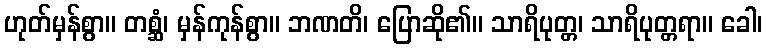
ဟုတ်မှန်စွာ။ တစ္ဆံ၊ မှန်ကုန်စွာ။ ဘဏတိ၊ ပြောဆို၏။ သာရိပုတ္တ၊ သာရိပုတ္တရာ။ ခေါ၊